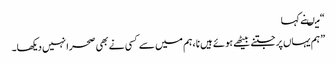
“ میںنے کہا
” ہم یہاں پر جتنے بیٹھے ہوئے ہیں نا ،ہم میں سے کسی نے بھی صحرا نہیں دیکھا۔